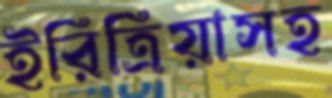
ইরিত্রিয়াসহ